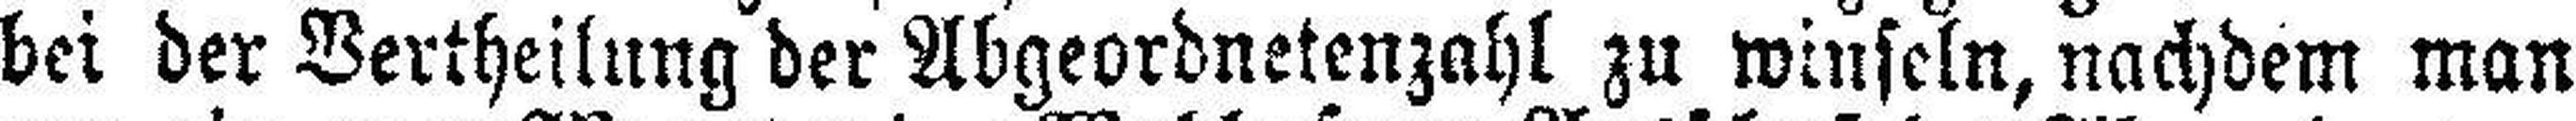
bei der Vertheilung der Abgeordnetenzahl zu winseln, nachdem man